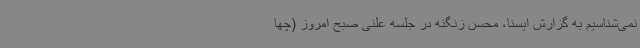
نمی‌شناسیم به گزارش ایسنا، محسن زنگنه در جلسه علنی صبح امروز (چها